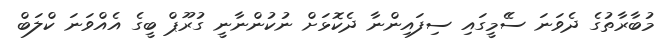
މުބާރާތުގެ ދެވަނަ ސެެމީގައި ސިފައިންނާ ދެކޮޅަށް ނުކުންނާނީ ގުރޫޕް ބީގެ އެއްވަނަ ކްލަބް